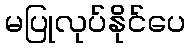
မပြုလုပ်နိုင်ပေ